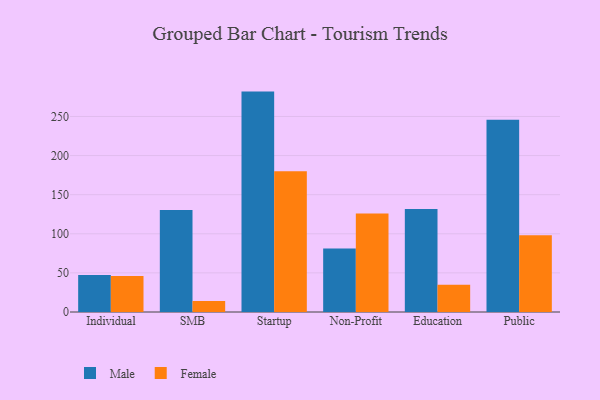
{"axis": {"x": "Segment", "y": "Revenue (USD Million)"}, "legend": ["Female", "Male"], "data": [{"x": "Individual", "y": 47.4, "type": "Male"}, {"x": "Individual", "y": 46.0, "type": "Female"}, {"x": "SMB", "y": 130.5, "type": "Male"}, {"x": "SMB", "y": 14.2, "type": "Female"}, {"x": "Startup", "y": 281.8, "type": "Male"}, {"x": "Startup", "y": 179.9, "type": "Female"}, {"x": "Non-Profit", "y": 81.2, "type": "Male"}, {"x": "Non-Profit", "y": 125.8, "type": "Female"}, {"x": "Education", "y": 131.6, "type": "Male"}, {"x": "Education", "y": 34.7, "type": "Female"}, {"x": "Public", "y": 245.9, "type": "Male"}, {"x": "Public", "y": 98.1, "type": "Female"}]}